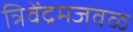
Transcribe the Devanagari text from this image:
त्रिवेंद्रमजवळ